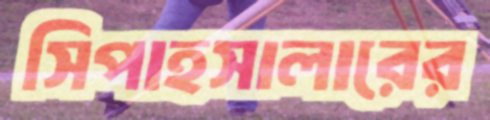
সিপাহসালারের